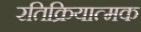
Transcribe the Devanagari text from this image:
रतिक्रियात्मक